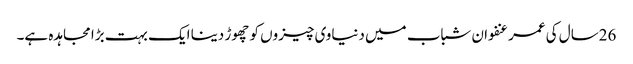
26سال کی عمر عنفوان شباب میں دنیاوی چیزوں کو چھوڑ دینا ایک بہت بڑا مجاہدہ ہے۔